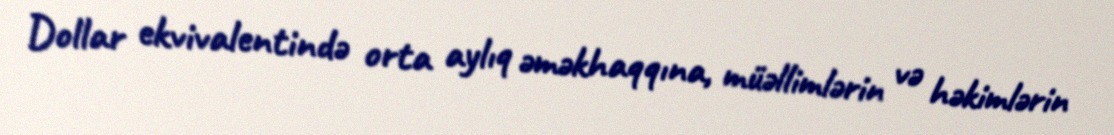
Dollar ekvivalentində orta aylıq əməkhaqqına, müəllimlərin və həkimlərin